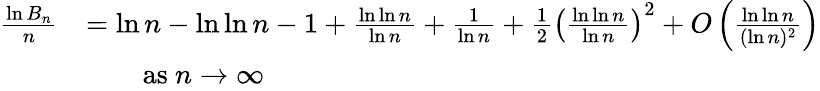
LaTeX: {\begin{array}{rl}{{\frac{\ln B_{n}}{n}}}&{=\ln n-\ln\ln n-1+{\frac{\ln\ln n}{\ln n}}+{\frac{1}{\ln n}}+{\frac{1}{2}}\left({\frac{\ln\ln n}{\ln n}}\right)^{2}+O\left({\frac{\ln\ln n}{(\ln n)^{2}}}\right)}\\ &{\qquad{\mathrm{as~}}n\to\infty}\end{array}}